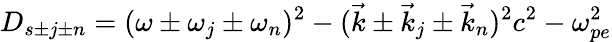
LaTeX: D_{s\pm j\pm n}=(\omega\pm\omega_{j}\pm\omega_{n})^{2}-(\vec{k}\pm\vec{k}_{j}\pm\vec{k}_{n})^{2}c^{2}-\omega_{pe}^{2}